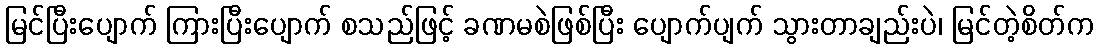
မြင်ပြီးပျောက် ကြားပြီးပျောက် စသည်ဖြင့် ခဏမစဲဖြစ်ပြီး ပျောက်ပျက် သွားတာချည်းပဲ၊ မြင်တဲ့စိတ်က